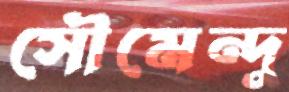
সৌমেন্দু